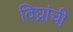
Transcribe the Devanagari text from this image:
विघ्नांची